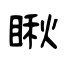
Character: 瞅